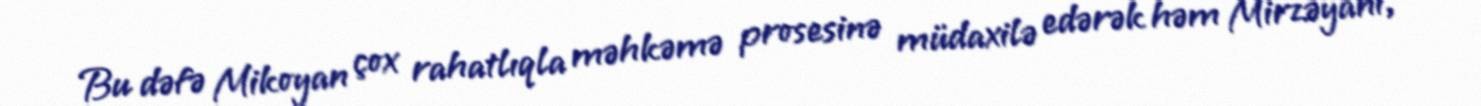
Bu dəfə Mikoyan çox rahatlıqla məhkəmə prosesinə müdaxilə edərək həm Mirzəyanı,